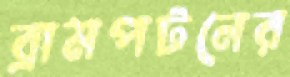
ব্রামপটনের